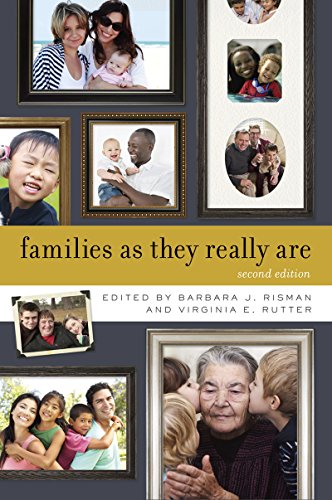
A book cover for Families as They Really Are (Second Edition); Politics & Social Sciences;